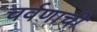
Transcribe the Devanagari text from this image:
चर्वणाची